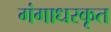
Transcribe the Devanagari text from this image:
गंगाधरकृत